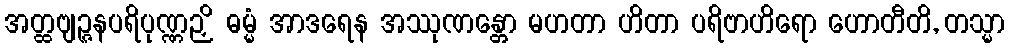
အတ္ထဗျဉ္ဇနပရိပုဏ္ဏဉှိ ဓမ္မံ အာဒရေန အဿုဏန္တော မဟတာ ဟိတာ ပရိဗာဟိရော ဟောတီတိ, တသ္မာ